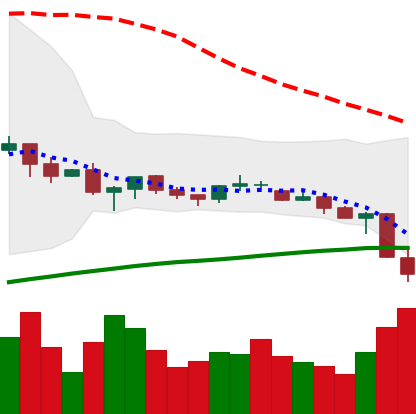
Ticker: XRP-USD
Chart end date: 2021-06-22
Forward return: 18.687%
Label: up_7plus